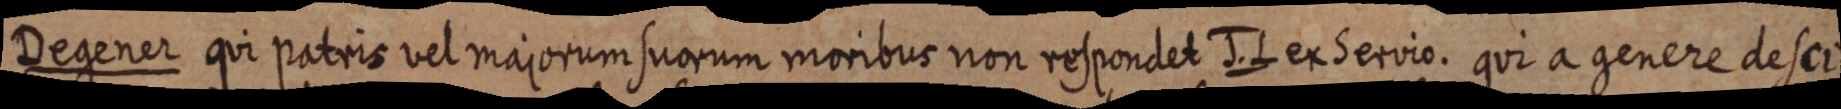
Degener qui patris vel majorum suorum moribus non respondet J. L ex Servio. qui a genere desci